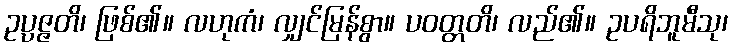
ဥပ္ပဇ္ဇတိ၊ ဖြစ်၏။ လဟုကံ၊ လျှင်မြန်စွာ။ ပဝတ္တတိ၊ လည်၏။ ဥပရိဘူမီသု၊